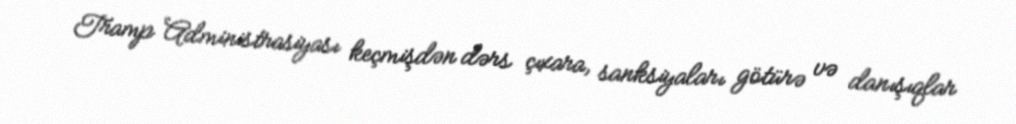
Tramp Administrasiyası keçmişdən dərs çıxara, sanksiyaları götürə və danışıqlar